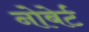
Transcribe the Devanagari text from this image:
नोबेर्ट